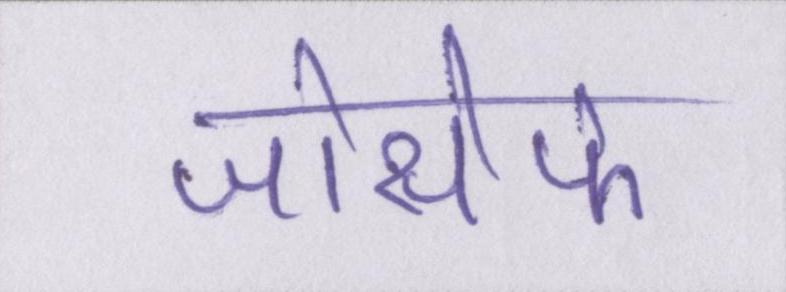
जोसेफ